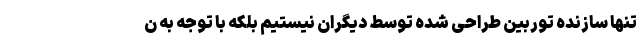
تنها سازنده توربین طراحی شده توسط دیگران نیستیم بلکه با توجه به ن